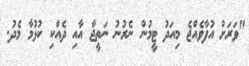
"ވަރަށް އުފާވެއްޖެ މިއަދު ޓީމުން ނެރުނު ނަތީޖާ އާއި ދެއްކި ކުޅުމާ މެދު.